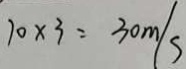
1 0 \times 3 = 3 0 m / s